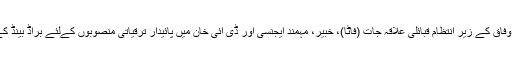
انہوں نے یہ بات جمعہ کو اسلام آباد کے ایک مقامی ہوٹل میں وفاق کے زیر انتظام قبائلی علاقہ جات (فاٹا)، خبیر، مہمند ایجنسی اور ڈی آئی خان میں پائیدار ترقیاتی منصوبوں کےلئے براڈ بینڈ کے معاہدے پر دستخط کی تقریب سے خطاب کرتے ہوئے کہی۔